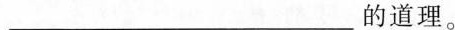
___的道理。